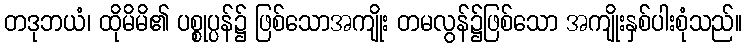
တဒုဘယံ၊ ထိုမိမိ၏ ပစ္စုပ္ပန်၌ ဖြစ်သောအကျိုး တမလွန်၌ဖြစ်သော အကျိုးနှစ်ပါးစုံသည်။